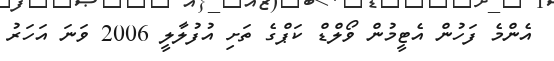
އެންމެ ފަހުން އެޓީމުން ވޯލްޑް ކަޕްގެ ތަށި އުފުލާލީ 2006 ވަނަ އަހަރު